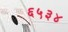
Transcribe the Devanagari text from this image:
६५३४